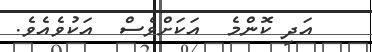
އަދި ކޮންމެ  އަކަށްވެސް  އަކުވެއެވެ.